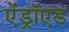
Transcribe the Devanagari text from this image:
ऐंड्रॉएड